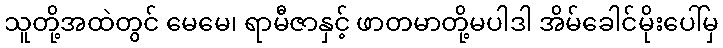
သူတို့အထဲတွင် မေမေ၊ ရာမီဇာနှင့် ဖာတမာတို့မပါဒါ အိမ်ခေါင်မိုးပေါ်မှ